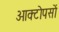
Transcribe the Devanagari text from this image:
ओक्टोपसों